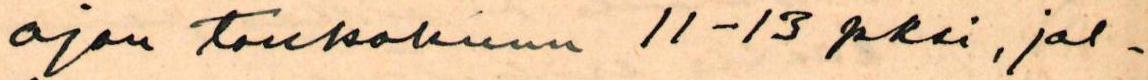
ajan toukokuun 11-13 pksi, jol-